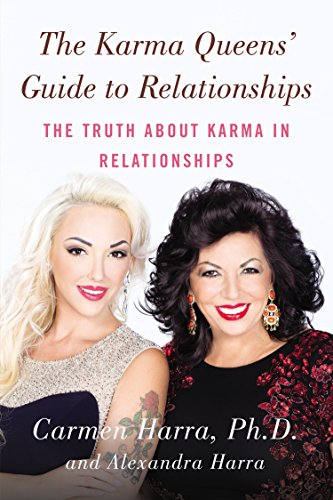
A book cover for The Karma Queens' Guide to Relationships: The Truth About Karma in Relationships; Carmen Harra; Religion & Spirituality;